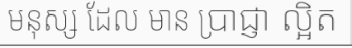
មនុស្ស ដែល មាន ប្រាជ្ញា ល្អិត